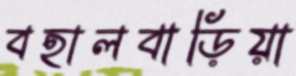
বহালবাড়িয়া